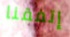
إتفقنا